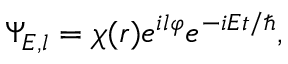
\Psi _ { { \cal E } , l } = \chi ( r ) e ^ { i l \varphi } e ^ { - i { \cal E } t / \hbar } ,